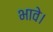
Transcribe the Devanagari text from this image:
भावे।